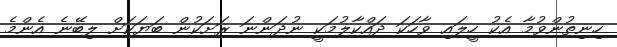
ހިނިތުންވުމާ އެކު ހީލައި ވާހަކަ ދައްކާލުމަކީ ނުދަންނަ ރަށަކުން ބަޔަކަށް ލިބޭނެ އެންމެ